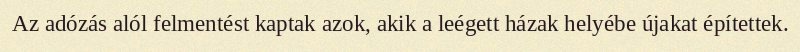
Az adózás alól felmentést kaptak azok, akik a leégett házak helyébe újakat építettek.